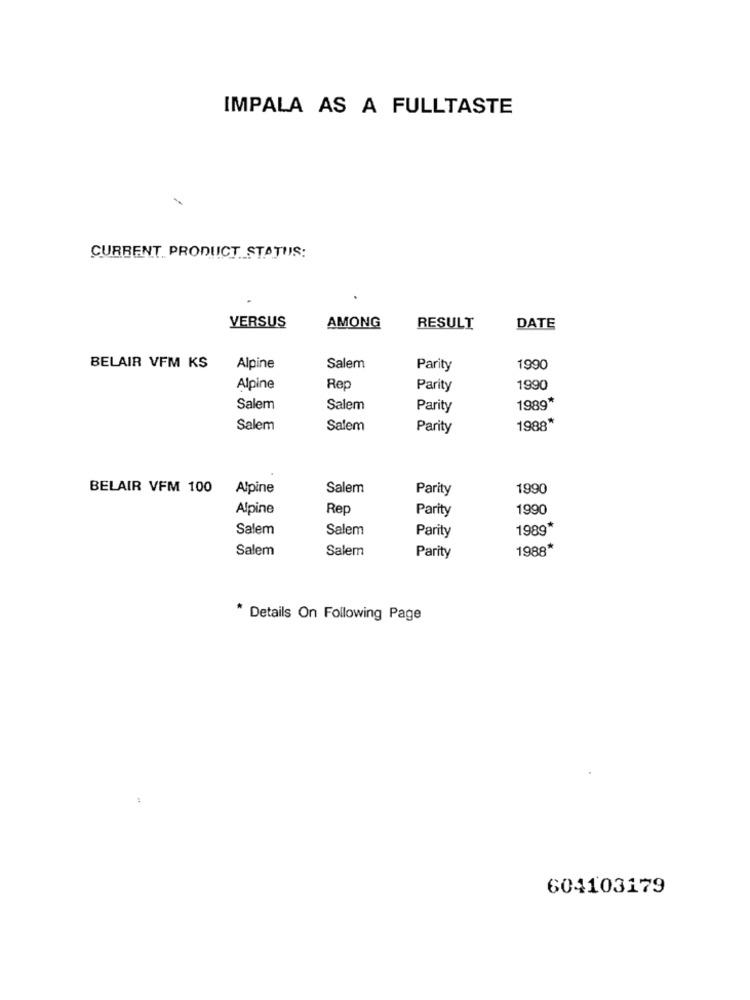
IMPALA AS A FULLTASTE
CURRENT PRODUCT STATUS:
VERSUS
AMONG
RESULT
DATE
BELAIR VFM KS
Alpine
Salem
Parity
1990
Alpine
Rep
Parity
1990
Salem
Salem
Parity
1989*
Salem
Salem
Parity
1988*
BELAIR VFM 100
Alpine
Salem
Parity
1990
Alpine
Rep
Parity
1990
Salem
Salem
Parity
1989*
Salem
Salem
1988*
Parity
* Details On Following Page
1
604103179